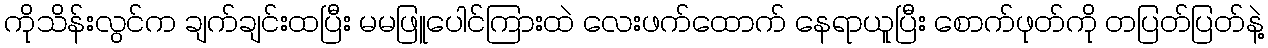
ကိုသိန်းလွင်က ချက်ချင်းထပြီး မမဖြူပေါင်ကြားထဲ လေးဖက်ထောက် နေရာယူပြီး စောက်ဖုတ်ကို တပြတ်ပြတ်နဲ့